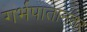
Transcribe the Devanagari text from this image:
गर्भपातानंतर